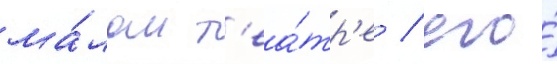
ма́лом т'еа́тр'е / его́